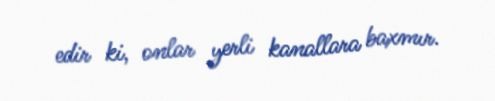
edir ki, onlar yerli kanallara baxmır.